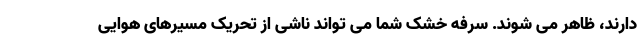
دارند، ظاهر می شوند. سرفه خشک شما می تواند ناشی از تحریک مسیرهای هوایی